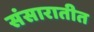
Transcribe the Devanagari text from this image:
संसारातीत